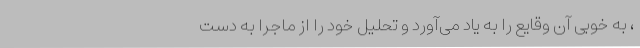
، به خوبی آن وقایع را به یاد می‌آورد و تحلیل خود را از ماجرا به دست